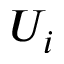
U _ { i }